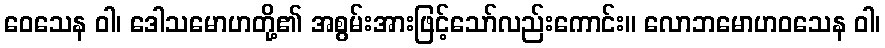
ဝေသေန ဝါ၊ ဒေါသမောဟတို့၏ အစွမ်းအားဖြင့်သော်လည်းကောင်း။ လောဘမောဟဝသေန ဝါ၊